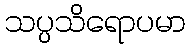
သပ္ပသိရောပမာ